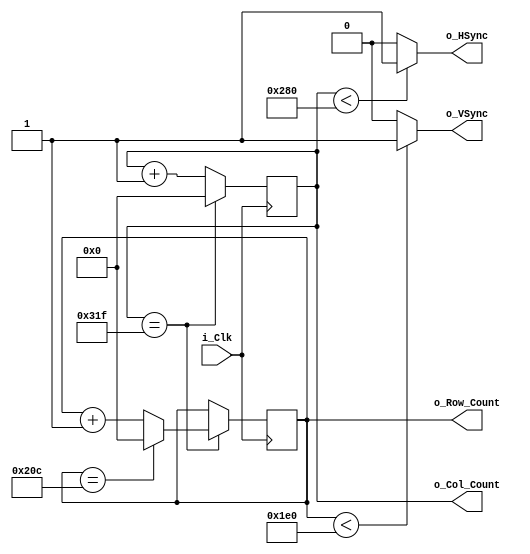
module VGA_Sync_Pulses
#(parameter TOTAL_COLS = 800,
  parameter TOTAL_ROWS = 525,
  parameter ACTIVE_COLS = 640,
  parameter ACTIVE_ROWS = 480)
(input i_Clk,
 output o_HSync,
 output o_VSync,
 output reg [9:0] o_Col_Count = 0,
 output reg [9:0] o_Row_Count = 0);

always @(posedge i_Clk)
begin
    if(o_Col_Count == TOTAL_COLS -1)
    begin
        o_Col_Count <= 0;
        if(o_Row_Count == TOTAL_ROWS -1)
            o_Row_Count <= 0;
        else 
            o_Row_Count <= o_Row_Count + 1;
    end
    else
        o_Col_Count <= o_Col_Count +  1;
end

assign o_HSync = o_Col_Count < ACTIVE_COLS ? 1'b1 : 1'b0;
assign o_VSync = o_Row_Count < ACTIVE_ROWS ? 1'b1 : 1'b0;

endmodule